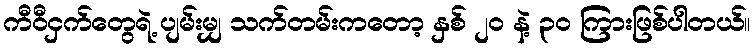
ကီဝီငှက်တွေရဲ့ ပျမ်းမျှ သက်တမ်းကတော့ နှစ် ၂ဝ နဲ့ ၃၀ ကြားဖြစ်ပါတယ်။